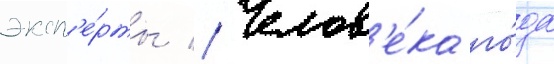
эксп'е́рты // Челов'е́ка го́да